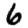
Digit: 6